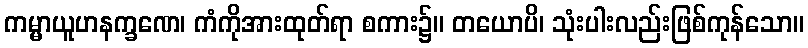
ကမ္မာယူဟနက္ခဏေ၊ ကံကိုအားထုတ်ရာ စကား၌။ တယောပိ၊ သုံးပါးလည်းဖြစ်ကုန်သော။